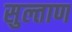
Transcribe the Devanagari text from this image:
सुल्ताण